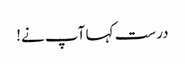
درست کہا آپ نے!